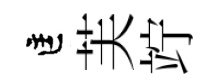
匡芙竚